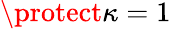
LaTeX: \protect\kappa=1